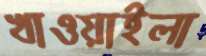
খাওয়াইলা